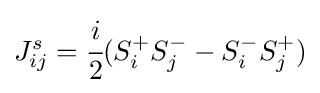
J_{ij}^{s}={\cfrac {i}{2}}(S_{i}^{+}S_{j}^{-}-S_{i}^{-}S_{j}^{+})